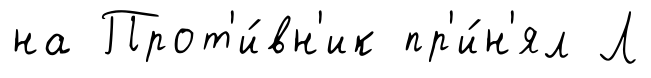
на Прот'и́вн'ик пр'и́н'ял Л